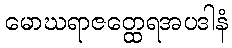
မောဃရာဇတ္ထေရအပဒါနံ